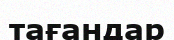
тағандар